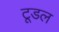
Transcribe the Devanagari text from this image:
टूडल